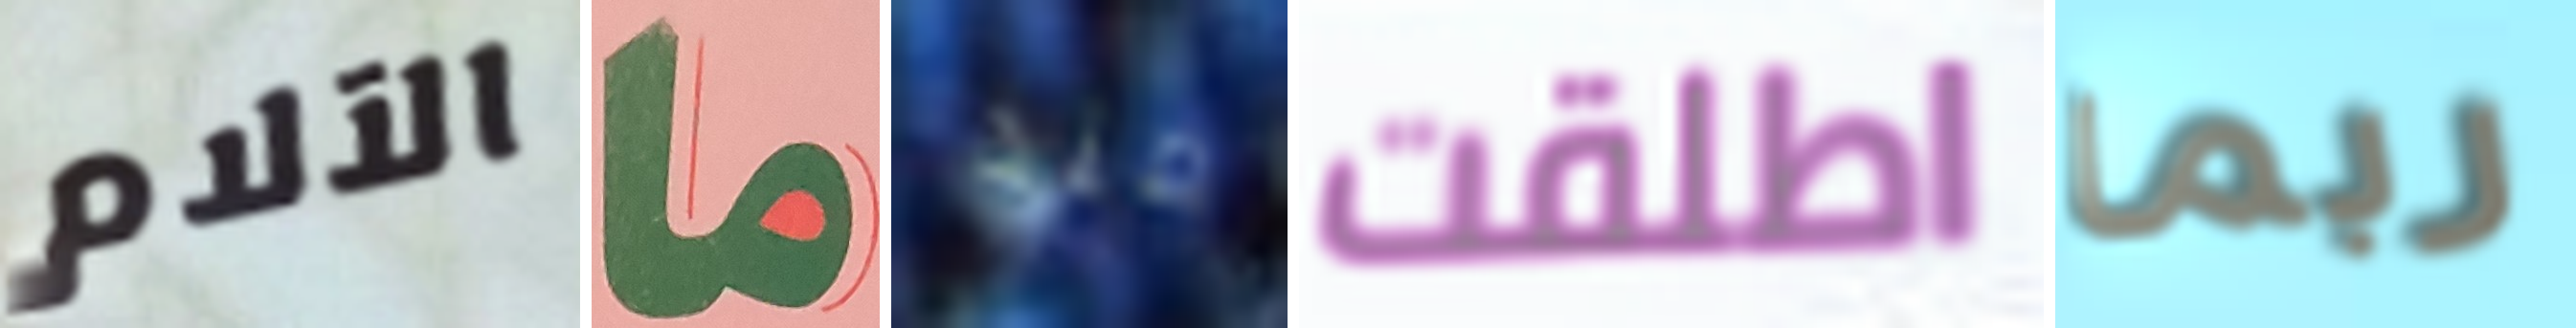
الآلام ما منذ اطلقت ربما